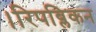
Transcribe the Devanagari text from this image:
।रिपब्लिकन